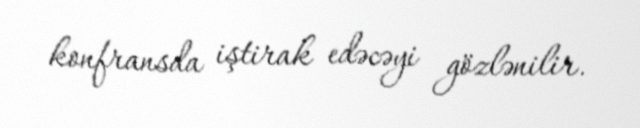
konfransda iştirak edəcəyi gözlənilir.